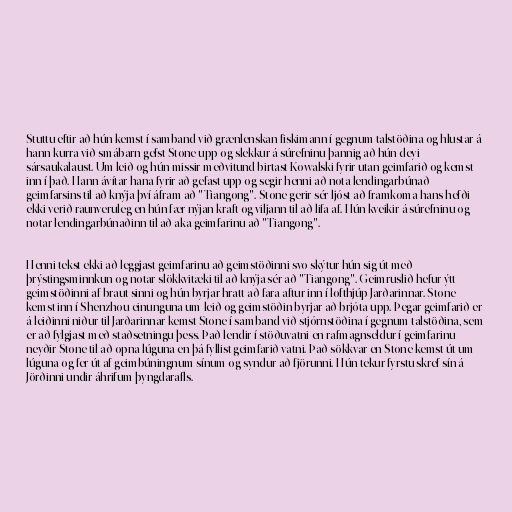
Stuttu eftir að hún kemst í samband við grænlenskan fiskimann í gegnum talstöðina og hlustar á
hann kurra við smábarn gefst Stone upp og slekkur á súrefninu þannig að hún deyi
sársaukalaust. Um leið og hún missir meðvitund birtast Kowalski fyrir utan geimfarið og kemst
inn í það. Hann ávítar hana fyrir að gefast upp og segir henni að nota lendingarbúnað
geimfarsins til að knýja því áfram að "Tiangong". Stone gerir sér ljóst að framkoma hans hefði
ekki verið raunveruleg en hún fær nýjan kraft og viljann til að lifa af. Hún kveikir á súrefninu og
notar lendingarbúnaðinn til að aka geimfarinu að "Tiangong".

Henni tekst ekki að leggjast geimfarinu að geimstöðinni svo skýtur hún sig út með
þrýstingsminnkun og notar slökkvitæki til að knýja sér að "Tiangong". Geimruslið hefur ýtt
geimstöðinni af braut sinni og hún byrjar hratt að fara aftur inn í lofthjúp Jarðarinnar. Stone
kemst inn í Shenzhou-einunguna um leið og geimstöðin byrjar að brjóta upp. Þegar geimfarið er
á leiðinni niður til Jarðarinnar kemst Stone í samband við stjórnstöðina í gegnum talstöðina, sem
er að fylgjast með staðsetningu þess. Það lendir í stöðuvatni en rafmagnseldur í geimfarinu
neyðir Stone til að opna lúguna en þá fyllist geimfarið vatni. Það sökkvar en Stone kemst út um
lúguna og fer út af geimbúningnum sínum og syndur að fjörunni. Hún tekur fyrstu skref sín á
Jörðinni undir áhrifum þyngdarafls.